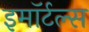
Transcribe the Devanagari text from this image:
इमॉर्टल्स